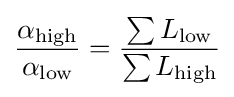
{\alpha _{\text{high}} \over \alpha _{\text{low}}}={\sum L_{\text{low}} \over \sum L_{\text{high}}}